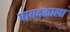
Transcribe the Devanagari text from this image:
पायदळाला